Vital statistics of India. Vol. V, Reports of 1876 on armies & jails and on epidemic cholera
Year: 1876
Disease focus: Cholera
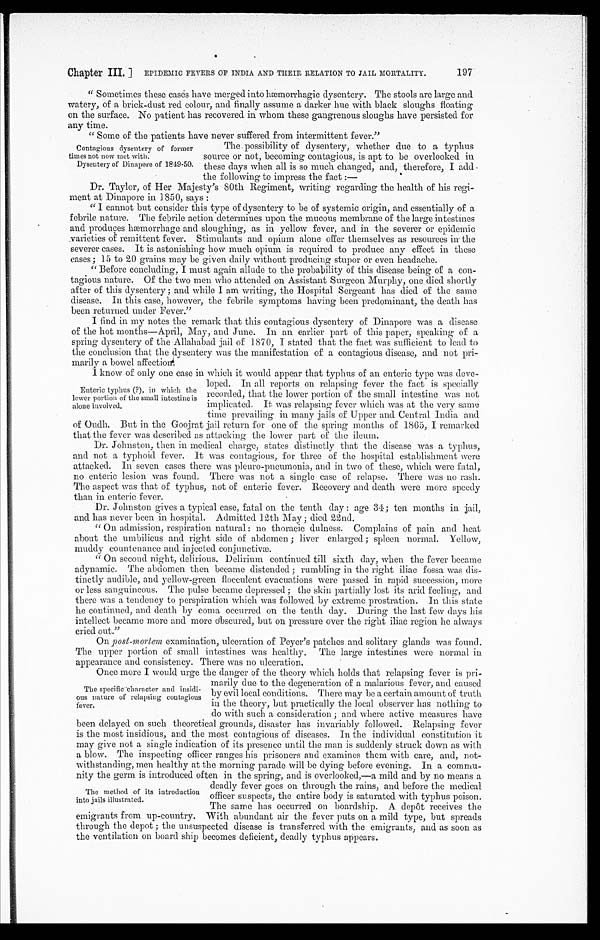
Chapter III.
EPIDEMIC FEVERS OF INDIA AND THEIR RELATION TO JAIL MORTALITY.
197
"Sometimes these cases have merged into hæmorrhagic dysentery. The stools are large and
watery, of a brick-dust red colour, and finally assume a darker hue with black sloughs floating
on the surface. No patient has recovered in whom these gangrenous sloughs have persisted for
any time.
"Some of the patients have never suffered from intermittent fever."
Contagious dysentery of former
times not now met with.
Dysentery of Dinapore of 1849-50.
The possibility of dysentery, whether due to a typhus
source or not, becoming contagious, is apt to be overlooked in
these days when all is so much changed, and, therefore, I add
the following to impress the fact:—
Dr. Taylor, of Her Majesty's 80th Regiment, writing regarding the health of his regi--
ment at Dinapore in 1850, says:
"I cannot but consider this type of dysentery to be of systemic origin, and essentially of a
febrile nature. The febrile action determines upon the mucous membrane of the large intestines
and produces hœmorrhage and sloughing, as in yellow fever, and in the severer or epidemic
varieties of remittent fever. Stimulants and opium alone offer themselves as resources in the
severer cases. It is astonishing how much opium is required to produce any effect in these
cases; 15 to 20 grains may be given daily without producing stupor or even headache.
"Before concluding, I must again allude to the probability of this disease being of a con--
tagious nature. Of the two men who attended on Assistant Surgeon Murphy, one died shortly
after of this dysentery; and while I am writing, the Hospital Sergeant has died of the same
disease. In this case, however, the febrile symptoms having been predominant, the death has
been returned under Fever."
I find in my notes the remark that this contagious dysentery of Dinapore was a disease
of the hot months—April, May, and June. In an earlier part of this paper, speaking of a
spring dysentery of the Allahabad jail of 1870, I stated that the fact was sufficient to lead to
the conclusion that the dysentery was the manifestation of a contagious disease, and not pri--
marily a bowel affection.
I know of only one case in which it would appear that typhus of an enteric type was deve-
loped. In all reports on relapsing fever the fact is specially
recorded, that the lower portion of the small intestine was not
implicated. It was relapsing fever which was at the very same
time prevailing in many jails of Upper and Central India and
of Oudh. But in the Goojrat jail return for one of the spring months of 1865, I remarked
that the fever was described as attacking the lower part of the ileum.
Dr.Johnston, then in medical charge, states distinctly that the disease was a typhus,
and not a typhoid fever. It was contagious, for three of the hospital establishment were
attacked. In seven cases there was pleuro-pneumonia, and in two of these, which were fatal,
no enteric lesion was found. There was not a single case of relapse. There was no rash.
The aspect was that of typhus, not of enteric fever. Recovery and death were more speedy
than in enteric fever.
Dr. Johnston gives a typical case, fatal on the tenth day: age 34; ten months in jail,
and has never been in hospital. Admitted 12th May; died 22nd.
On admission, respiration natural: no thoracic dulness. Complains of pain and heat
about the umbilicus and right side of abdomen; liver enlarged; spleen normal. Yellow,
muddy countenance and injected conjunctivæ.
On second night, delirious. Delirium continued till sixth day, when the fever became
adynamic. The abdomen then became distended; rumbling in the right iliac fossa was dis-
tinctly audible, and yellow-green flocculent evacuations were passed in rapid succession, more
or less sanguineous. The pulse became depressed; the skin partially lost its arid feeling, and
there was a tendency to perspiration which was followed by extreme prostration. In this state
he continued, and death by coma occurred on the tenth day. During the last few days
h i s i n t e l l e c t b e c a m e m o r e a n d m o r e O b s c u r e d , b u t o n p r e s s u r e o v e r t h e r i g h t i l i a c r e g i o n h e a l w a y s
cried out."
On post-mortem examination, ulceration of Peyer's patches and solitary glands was found.
The upper portion of small intestines was healthy. The large intestines were normal in
appearance and consistency. There was no ulceration.
Once more I would urge the danger of the theory which holds that relapsing fever is pri -
marily due to the degeneration of a malarious fever, and caused
by evil local conditions. There may be a certain amount of truth.
in the theory, but practically the local observer has nothing to
do with such a consideration; and where active measures have
been delayed on such theoretical grounds, disaster has invariably followed. Relapsing fever
is the most insidious, and the most contagious of diseases. In the individual constitution it
may give not a single indication of its presence until the man is suddenly struck down as with
a blow. The inspecting officer ranges his prisoners and examines them with care, and, not -
withstanding, men healthy at the morning parade will be dying before evening. In a commu-
nitv the germ is introduced often in the spring, and is overlooked,—a mild and by no means a
deadly fever goes on through the rains, and before the medical
officer suspects. the entire body is saturated with typhus poison.
The same has occurred on boardship. A depot receives the
emigrants from up-country. With abundant air the fever puts on a mild type, but spreads
through the depot; the unsuspected disease is transferred with the emigrants, and as soon as
the ventilation on board ship becomes deficient, deadly typhus appears.
Enteric typhus (?), in which the
lower portion of the small intestine is
alone involved.
The specific character and insidi
- o u s n a t u r e o f r e l a p s i n g c o n t a g i o u s
fever.
The method of its introduction
into jails illustrated.